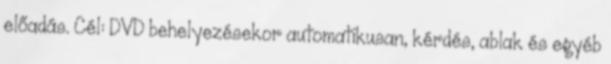
előadás. Cél: DVD behelyezésekor automatikusan, kérdés, ablak és egyéb